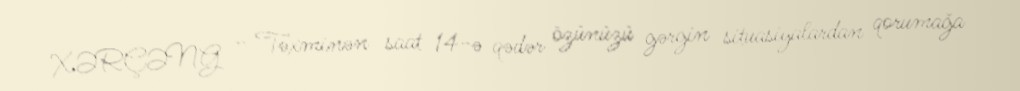
XƏRÇƏNG - Təxminən saat 14-ə qədər özünüzü gərgin situasiyalardan qorumağa